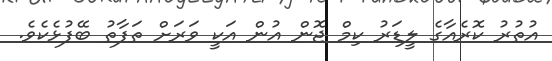
އުތުރު ކޮރެއާގެ ލީޑަރު ކިމް ޖޮން އުން އަކީ ވަރަށް ތަފާތު ބޭފުޅެކެވެ.